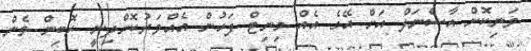
ވަނިކޮށް އާސެނަލް އަށް އޭގެ އެއް މިނިޓް ފަހުން އެއްވަރުކޮށްދިނީ ރޮބިން ވެން